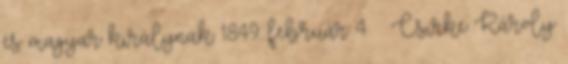
és magyar királynak 1849. február 4. – Csirke Károly